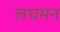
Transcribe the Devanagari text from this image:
लघमन